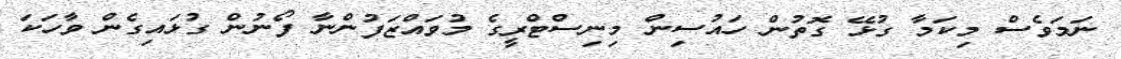
ނަމަވެސް މިކަމާ ގުޅޭ ގޮތުން ހައުސިން މިނިސްޓްރީގެ މުވައްޒަފުންނާ ފޯނުން ގުޅައިގެން ވާހަކަ